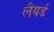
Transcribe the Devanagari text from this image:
लैयर्ड